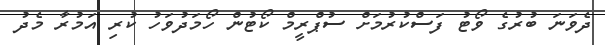
ދެވަނަ ބުރުގެ ވޯޓު ފަސްކުރުމަށް ސުޕްރީމް ކޯޓުން ހޯމަދުވަހު ކުރި އަމުރާ މެދު